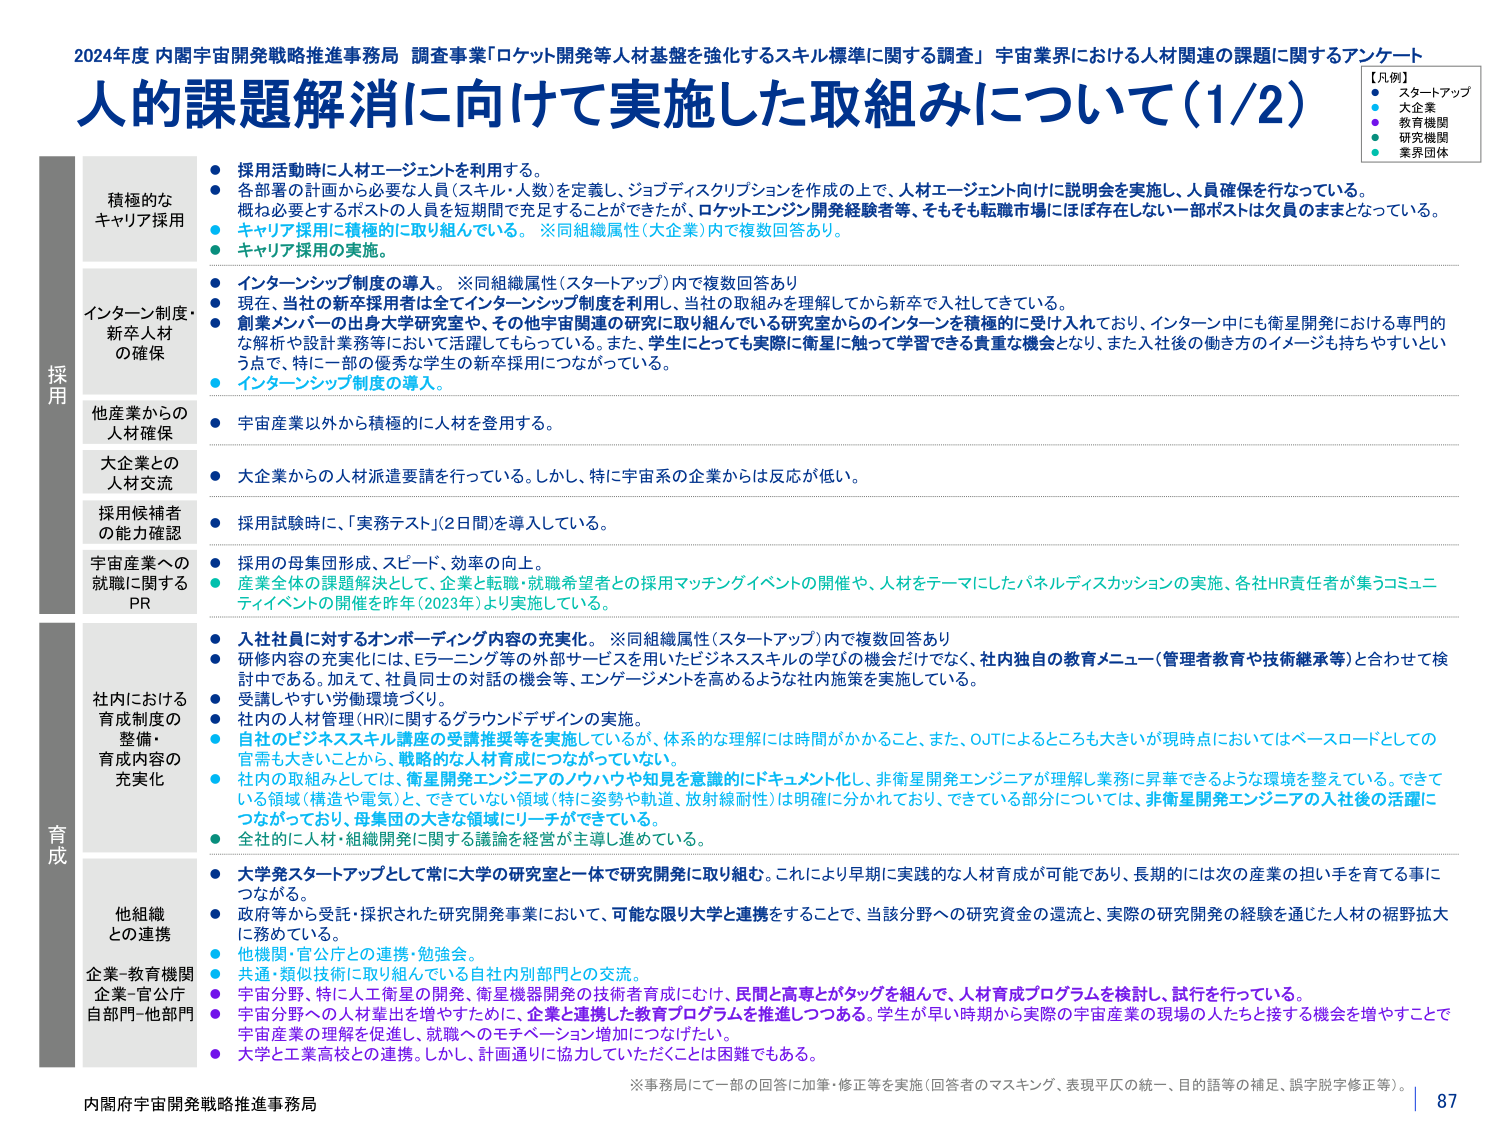
2024年度 内閣宇宙開発戦略推進事務局 調査事業「ロケット開発等人材基盤を強化するスキル標準に関する調査」 宇宙業界における人材関連の課題に関するアンケート
人的課題解消に向けて実施した取組みについて（1/2）

【凡例】
● スタートアップ
● 大企業
● 教育機関
● 研究機関
● 業界団体

採用
積極的なキャリア採用
● 採用活動時に人材エージェントを利用する。
● 各部署の計画から必要な人員（スキル・人数）を定義し、ジョブディスクリプションを作成の上で、人材エージェント向けに説明会を実施し、人員確保を行なっている。概ね必要とするポストの人員を短期間で充足することができたが、ロケットエンジン開発経験者等、そもそも転職市場には存在しない一部ポストは欠員のままとなっている。
● キャリア採用に積極的に取り組んでいる。 ※同組織属性（大企業）内で複数回答あり。
● キャリア採用の実施。

インターン制度・新卒人材の確保
● インターンシップ制度の導入。 ※同組織属性（スタートアップ）内で複数回答あり
● 現在、当社の新卒採用者は全てインターンシップ制度を利用し、当社の取組みを理解してから新卒で入社してきている。
● 創業メンバーの出身大学研究室や、その他宇宙関連の研究に取り組んでいる研究室からのインターンを積極的に受け入れており、インターン中にも衛星開発における専門的な解析や設計業務等において活躍してもらっている。また、学生にとっても実際に衛星に触って学習できる貴重な機会となり、また入社後の働き方のイメージも持ちやすいため、特に一部の優秀な学生の新卒採用につながっている。
● インターンシップ制度の導入。

他産業からの人材確保
● 宇宙産業以外から積極的に人材を登用する。

大企業との人材交流
● 大企業からの人材派遣要請を行っている。しかし、特に宇宙系の企業からは反応が低い。

採用候補者の能力確認
● 採用試験時に、「実務テスト」（2日間）を導入している。

宇宙産業への就職に関するPR
● 採用の母集団形成、スピード、効率の向上。
● 産業全体の課題解決として、企業と転職・就職希望者との採用マッチングイベントの開催や、人材をテーマにしたパネルディスカッションの実施、各社HR責任者が集うコミュニティイベントの開催を昨年（2023年）より実施している。

育成
社内における育成制度の整備・育成内容の充実化
● 入社社員に対するオンボーディング内容の充実化。 ※同組織属性（スタートアップ）内で複数回答あり
● 研修内容の充実化には、Eラーニング等の外部サービスを用いたビジネススキルの学びの機会だけでなく、社内独自の教育メニュー（管理者教育や技術継承等）と合わせて検討中である。加えて、社員同士の対話の機会等、エンゲージメントを高めるような社内施策を実施している。
● 受講しやすい労働環境づくり。
● 社内の人材管理（HR）に関するグラウンドデザインの実施。
● 自社のビジネススキル講座の受講推奨等を実施しているが、体系的な理解には時間がかかる。また、OJTによるところも大きいが現時点においてはベースロードとしての官需も大きいことから、戦略的な人材育成につながっていない。
● 社内の取組みとしては、衛星開発エンジニアのノウハウや知見を意識的にドキュメント化し、非衛星開発エンジニアが理解し業務に昇華できるような環境を整えている。できている領域（構造や電気）と、できていない領域（特に姿勢や軌道、放射線耐性）は明確に分かれており、できている部分については、非衛星開発エンジニアの入社後の活躍につながっており、母集団の大きな領域にリーチができている。
● 全社的に人材・組織開発に関する議論を経営が主導し進めている。

他組織との連携
● 大学発スタートアップとして常に大学の研究室と一体で研究開発に取り組む。これにより早期に実践的な人材育成が可能であり、長期的には次の産業の担い手を育てる事につながる。
● 政府等から受託・採択された研究開発事業において、可能な限り大学と連携をすることで、当該分野への研究資金の還流と、実際の研究開発の経験を通じた人材の裾野拡大に務めている。
● 他機関・官公庁との連携・勉強会。
● 共通・類似技術に取り組んでいる自社内別部門との交流。
● 宇宙分野、特に人工衛星の開発、衛星機器開発の技術者育成にむけて、民間と高専がタッグを組んで、人材育成プログラムを検討し、試行を行っている。
● 宇宙分野への人材輩出を増やすために、企業と連携した教育プログラムを推進しつつある。学生が早い時期から実際の宇宙産業の現場の人たちと接する機会を増やすことで宇宙産業の理解を促進し、就職へのモチベーション増加につなげたい。
● 大学と工業高校との連携。しかし、計画通りに協力していただくことは困難でもある。

※事務局にて一部の回答に加筆・修正等を実施（回答者のマスキング、表現平仄の統一、目的語等の補足、誤字脱字修正等）。

内閣府宇宙開発戦略推進事務局
87